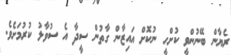
ރެޔާން ބޭނުންވީ ކުށްހީ ނުކޮށް އައިޒާން ގާތުން ސީދާ އެ ސުވާލު ކުރުމަށެވެ.